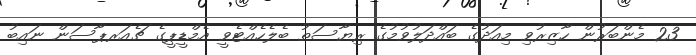
23 މެންބަރުން ހާޒިރުވި މިއަދުގެ ބައްދަލުވުމުގެ ރިޔާސަތު ބެލެހެއްޓެވީ އެމްޑީޕީގެ ޗެއަރޕާސަން ނައިބު